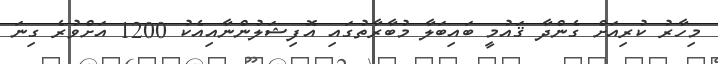
މިހާރު ކުރިއަށް ގެންދާ ޤައުމީ ބައިބަލާ މުބާރާތުގައި އޮފިޝަލުންނާއިއެކު 1200 އަށްވުރެ ގިނަ